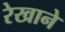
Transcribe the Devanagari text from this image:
रेखाने